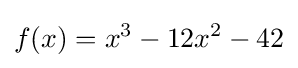
f(x)=x^{3}-12x^{2}-42